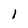
Character: 1